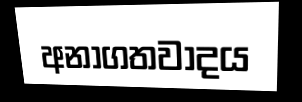
අනාගතවාදය